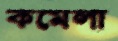
কমেলা